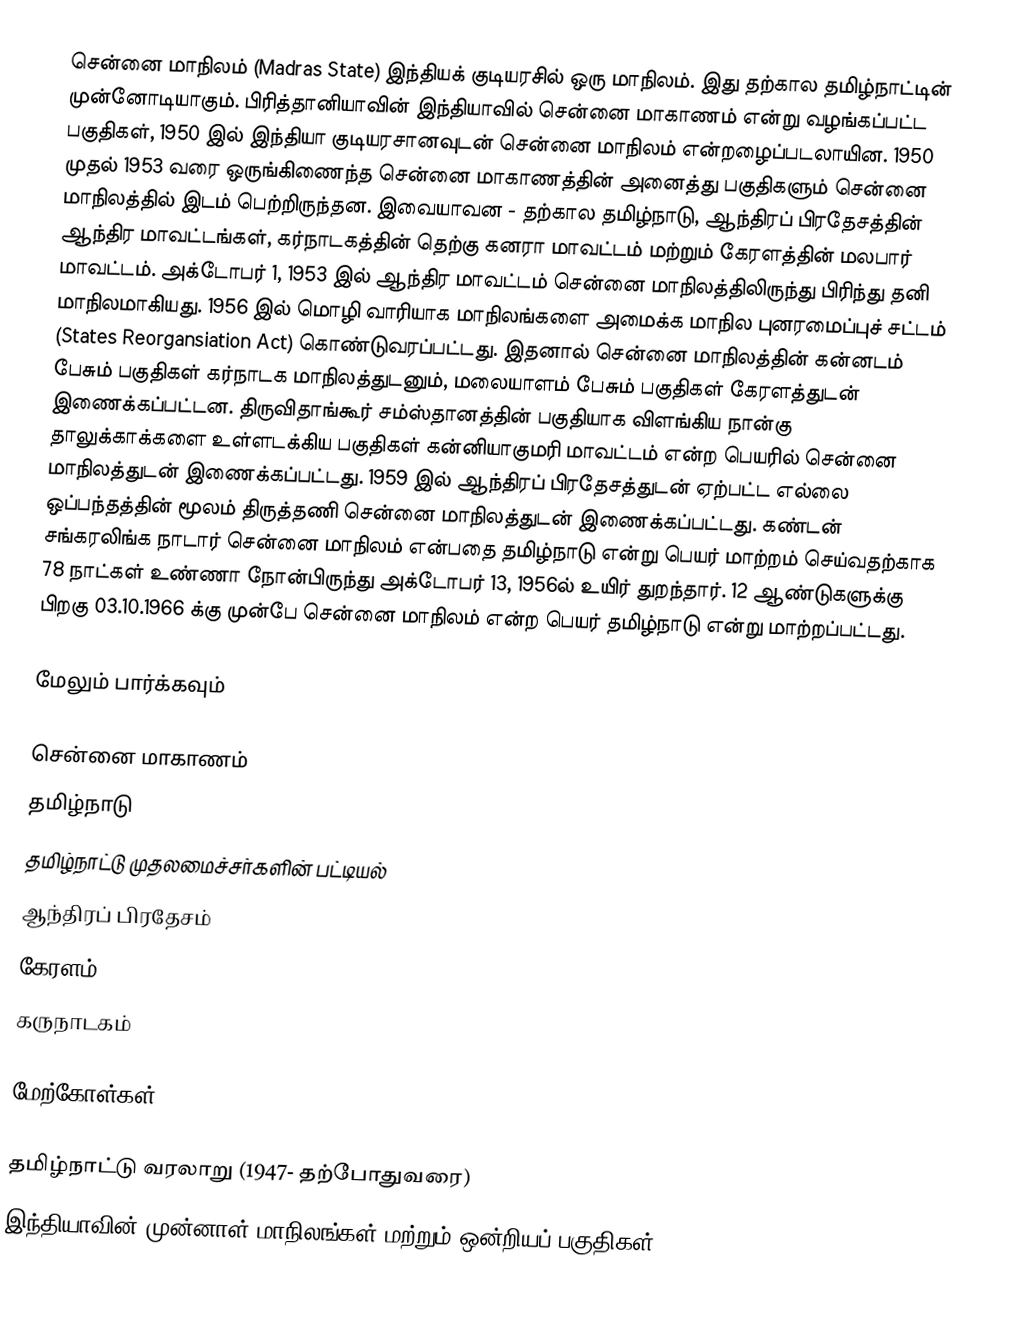
சென்னை மாநிலம் (Madras State) இந்தியக் குடியரசில் ஒரு மாநிலம். இது தற்கால தமிழ்நாட்டின் முன்னோடியாகும். பிரித்தானியாவின் இந்தியாவில் சென்னை மாகாணம் என்று வழங்கப்பட்ட பகுதிகள், 1950 இல் இந்தியா குடியரசானவுடன் சென்னை மாநிலம் என்றழைப்படலாயின. 1950 முதல் 1953 வரை ஒருங்கிணைந்த சென்னை மாகாணத்தின் அனைத்து பகுதிகளும் சென்னை மாநிலத்தில் இடம் பெற்றிருந்தன. இவையாவன - தற்கால தமிழ்நாடு, ஆந்திரப் பிரதேசத்தின் ஆந்திர மாவட்டங்கள், கர்நாடகத்தின் தெற்கு கனரா மாவட்டம் மற்றும் கேரளத்தின் மலபார் மாவட்டம். அக்டோபர் 1, 1953 இல் ஆந்திர மாவட்டம் சென்னை மாநிலத்திலிருந்து பிரிந்து தனி மாநிலமாகியது. 1956 இல் மொழி வாரியாக மாநிலங்களை அமைக்க மாநில புனரமைப்புச் சட்டம் (States Reorgansiation Act) கொண்டுவரப்பட்டது. இதனால் சென்னை மாநிலத்தின் கன்னடம் பேசும் பகுதிகள் கர்நாடக மாநிலத்துடனும், மலையாளம் பேசும் பகுதிகள் கேரளத்துடன் இணைக்கப்பட்டன. திருவிதாங்கூர் சம்ஸ்தானத்தின் பகுதியாக விளங்கிய நான்கு தாலுக்காக்களை உள்ளடக்கிய பகுதிகள் கன்னியாகுமரி மாவட்டம் என்ற பெயரில் சென்னை மாநிலத்துடன் இணைக்கப்பட்டது. 1959 இல் ஆந்திரப் பிரதேசத்துடன் ஏற்பட்ட எல்லை ஒப்பந்தத்தின் மூலம் திருத்தணி சென்னை மாநிலத்துடன் இணைக்கப்பட்டது. கண்டன் சங்கரலிங்க நாடார் சென்னை மாநிலம் என்பதை தமிழ்நாடு என்று பெயர் மாற்றம் செய்வதற்காக 78 நாட்கள் உண்ணா நோன்பிருந்து அக்டோபர் 13, 1956ல் உயிர் துறந்தார். 12 ஆண்டுகளுக்கு பிறகு 03.10.1966 க்கு முன்பே சென்னை மாநிலம் என்ற பெயர் தமிழ்நாடு என்று மாற்றப்பட்டது.

மேலும் பார்க்கவும்

 சென்னை மாகாணம்
 தமிழ்நாடு
 தமிழ்நாட்டு முதலமைச்சர்களின் பட்டியல்
 ஆந்திரப் பிரதேசம்
 கேரளம்
 கருநாடகம்

மேற்கோள்கள்

தமிழ்நாட்டு வரலாறு (1947- தற்போதுவரை)
இந்தியாவின் முன்னாள் மாநிலங்கள் மற்றும் ஒன்றியப் பகுதிகள்